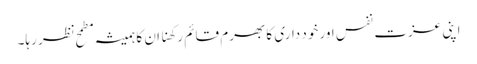
اپنی عزت نفس اور خود داری کا بھرم قائم رکھنا ان کا ہمیشہ مطمح نظر رہا۔